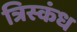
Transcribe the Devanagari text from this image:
त्रिस्कंध